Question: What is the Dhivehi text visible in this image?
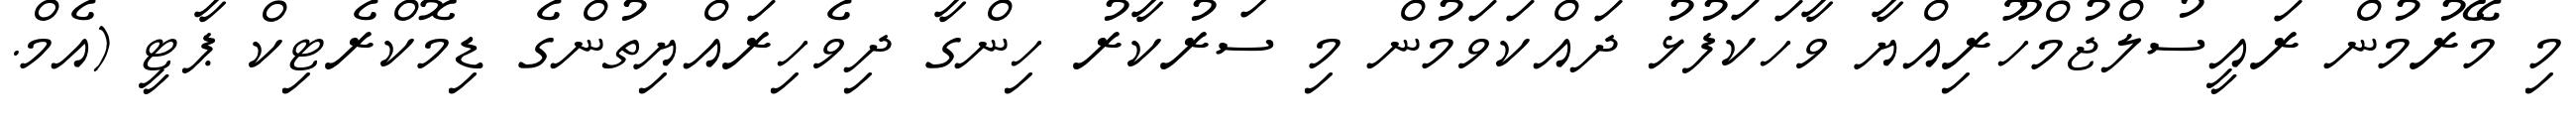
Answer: މި މޭރުމުން ރައީސުލްޖުމްހޫރިއްޔާ ވާހަކަފުޅު ދައްކަވަމުން މި ސަރުކާރު ހިންގާ ދިވެހިރައްޔިތުންގެ ޑިމޮކްރެޓިކް ޕާޓީ (އެމް.